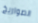
الصواريخ